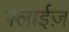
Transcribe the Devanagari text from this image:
फ्लाईज़